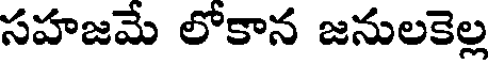
సహజమే లోకాన జనులకెల్ల